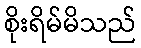
စိုးရိမ်မိသည်